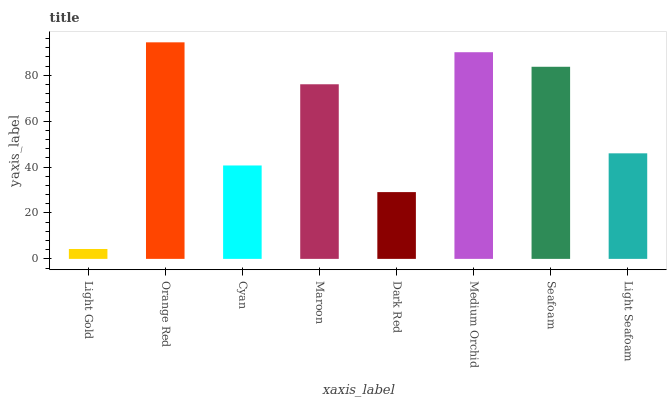
| xaxis_label | bars |
 | --- | --- |
 | Light Gold | 4.31 |
 | Orange Red | 94.4 |
 | Cyan | 40.7 |
 | Maroon | 76.1 |
 | Dark Red | 29.1 |
 | Medium Orchid | 90 |
 | Seafoam | 83.7 |
 | Light Seafoam | 46 |